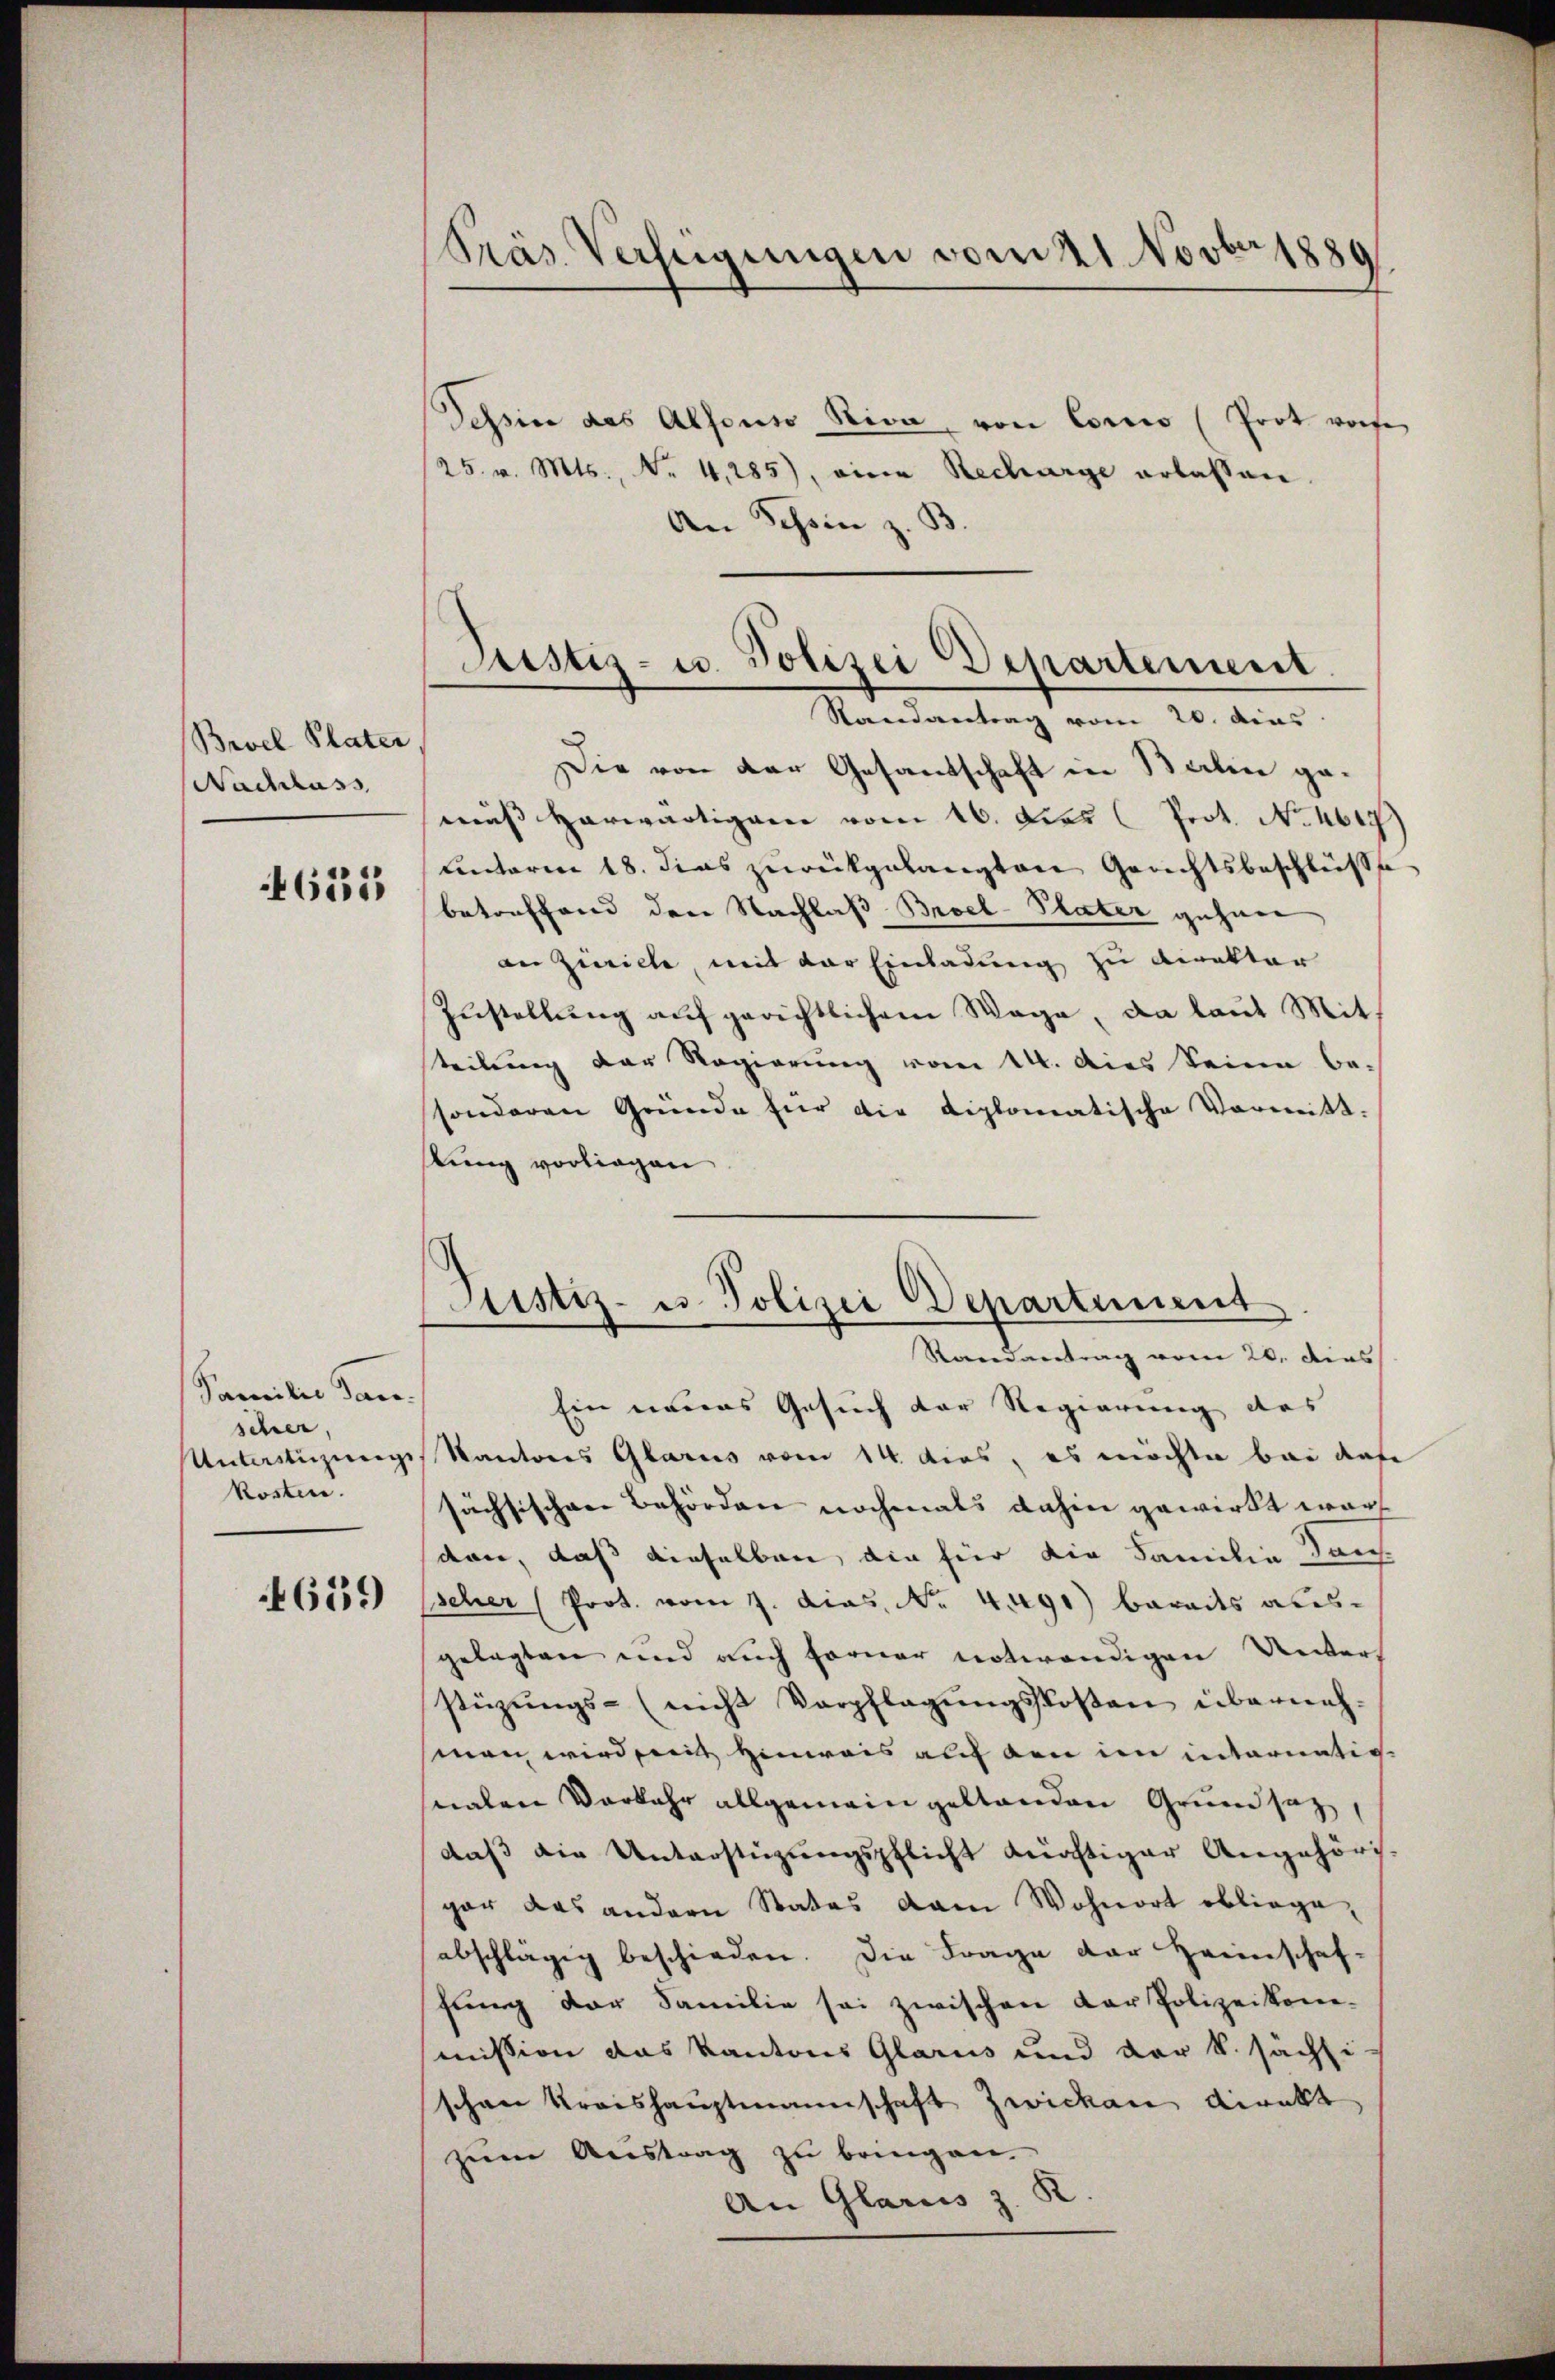
Brvel Plater
Nachlass

631

Familie dan
scher,
kosten.

639

Präs. Verfeigungen vom 21. Novber 1889

Tessin des Alfonso Riva, von Concio (Prot worfe
/25. v. Mts., Nr. 4,285), eine Recharge erlassen.
An Schein z. B
Randantrag vom 20. dies
Die von der Gesandschaft in Balin gemuss herwärtigene vom 16. Dies Prot. No. 4600
Unterm 18. dies zurückgelangten Gerichtsbeschlüsse
betreffend den Nachlaß Broel-Plater gehen
an Zwicke, mit der Einladung zu Direktor
Zustellŭng aŭf gerichtlichem Wage, da laut Mit-
teilung der Regierung vom 14. Dies Seine besonderen Gründe für die diplomatische Vormitt-
lung vorliegen
Justiz- u. Polizei Departement
Redvetrag vom 20. dies
Ein neues Gesuch der Regierung des |
Unterstüzungs Kantones Glarus vom 14. dies, es möchte bei dase
sächsischen Behörden nochmals dahin gewirkt war
den, daß dieselben, die für die Familie dans
Escher (Prot. vom 7. dies. No. 4491) berades ausgelegten und auch ferner notwendigen Unterstüzŭngs- (nicht Verpflegŭngskosten überneh-
smen wird mit Hinweis auf den im internatis.
nalen Vorkehr allgemein gestanden Grundsat
daß die Unterstüzungspflicht künftiger Angehöris-
gar das andern Statos vom Wohnort obliegeabschlägig beschieden. Die Frage der Heimschaf-
ftung der Familie sei zwischen der Polizeikom-
mission das Kantons Glarus und der k. sächli
schen Kraishauptmannschaft Zwicken direkt
zum Austrag zu bringen.
An Glarus z. K

Justiz- u. Polizei Departement.